Manual of the Civil Veterinary Department, Central Provinces and Berar
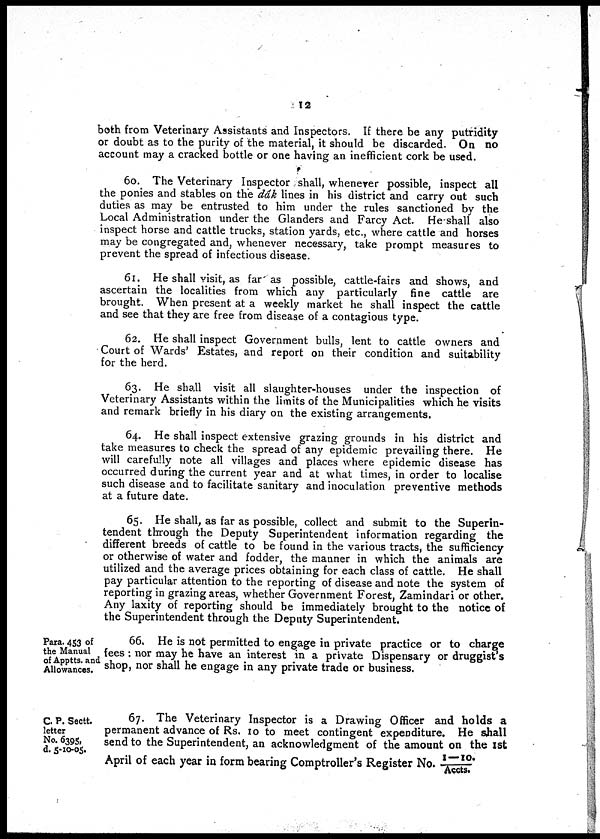
12
both from Veterinary Assistants and Inspectors. If there be any putridity
or doubt as to the purity of the material, it should be discarded. On no
account may a cracked bottle or one having an inefficient cork be used.
60. The Veterinary Inspector shall, whenever possible, inspect all
the ponies and stables on the dâk lines in his district and carry out such
duties as may be entrusted to him under the rules sanctioned by the
Local Administration under the Glanders and Farcy Act. He-shall also
inspect horse and cattle trucks, station yards, etc., where cattle and horses
may be congregated and, whenever necessary, take prompt measures to
prevent the spread of infectious disease.
61. He shall visit, as far as possible, cattle-fairs and shows, and
ascertain the localities from which any particularly fine cattle are
brought. When present at a weekly market he shall inspect the cattle
and see that they are free from disease of a contagious type.
62. He shall inspect Government bulls, lent to cattle owners and
Court of Wards' Estates, and report on their condition and suitability
for the herd.
63. He shall visit all slaughter-houses under the inspection of
Veterinary Assistants within the limits of the Municipalities which he visits
and remark briefly in his diary on the existing arrangements.
64. He shall inspect extensive grazing grounds in his district and
take measures to check the spread of any epidemic prevailing there. He
will carefully note all villages and places where epidemic disease has
occurred during the current year and at what times, in order to localise
such disease and to facilitate sanitary and inoculation preventive methods
at a future date.
65. He shall, as far as possible, collect and submit to the Superin-
tendent through the Deputy Superintendent information regarding the
different breeds of cattle to be found in the various tracts, the sufficiency
or otherwise of water and fodder, the manner in which the animals are
utilized and the average prices obtaining for each class of cattle. He shall
pay particular attention to the reporting of disease and note the system of
reporting in grazing areas, whether Government Forest, Zamindari or other.
Any laxity of reporting should be immediately brought to the notice of
the Superintendent through the Deputy Superintendent.
Para. 453 of
the Manual
of Apptts. and
Allowances.
66. He is not permitted to engage in private practice or to charge
fees: nor may he have an interest in a private Dispensary or druggist's
shop, nor shall he engage in any private trade or business.
C. P. Sectt.
letter
No. 6395,
d. 5-10-05.
67. The Veterinary Inspector is a Drawing Officer and holds a
permanent advance of Rs. 10 to meet contingent expenditure. He shall
send to the Superintendent, an acknowledgment of the amount on the 1st
April of each year in form bearing Comptroller's Register No. 1—10./Accts.